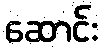
ဆောင်း